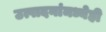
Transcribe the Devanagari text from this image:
उत्पादनांमध्येही